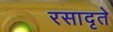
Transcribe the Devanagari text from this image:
रसादृते